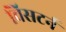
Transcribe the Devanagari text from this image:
विसटर्न